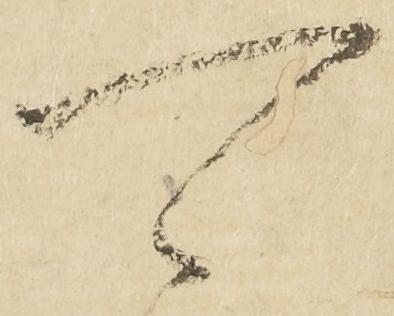
可